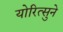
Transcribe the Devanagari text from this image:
योरित्सुने